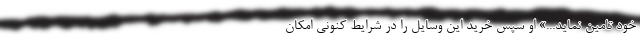
خود تامین نماید...» او سپس خرید این وسایل را در شرایط کنونی امکان